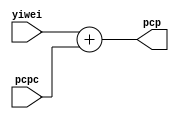
`timescale 1ns / 1ps
//////////////////////////////////////////////////////////////////////////////////
// Company: 
// Engineer: 
// 
// Design Name: 
// Module Name:    jiafaqi2 
// Project Name: 
// Target Devices: 
// Tool versions: 
// Description: 
//
// Dependencies: 
//
// Revision: 
// Revision 0.01 - File Created
// Additional Comments: 
//
//////////////////////////////////////////////////////////////////////////////////
module jiafaqi2(
	 input [31:0] yiwei,
	 input [31:0] pcpc,
    output [31:0] pcp
    );
	 
	 assign pcp = yiwei + pcpc;
    


endmodule